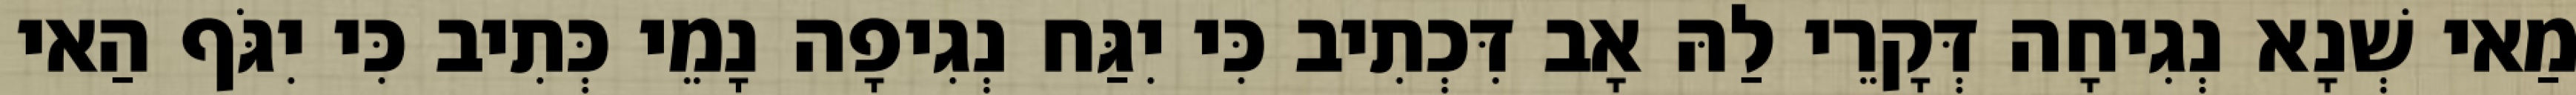
מַאי שְׁנָא נְגִיחָה דְּקָרֵי לַהּ אָב דִּכְתִיב כִּי יִגַּח נְגִיפָה נָמֵי כְּתִיב כִּי יִגֹּף הַאי